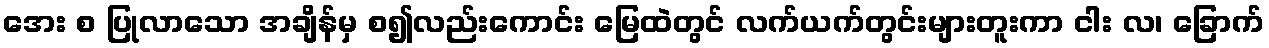
အေး စ ပြုလာသော အချိန်မှ စ၍လည်းကောင်း မြေထဲတွင် လက်ယက်တွင်းများတူးကာ ငါး လ၊ ခြောက်